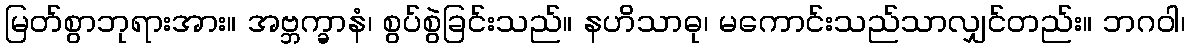
မြတ်စွာဘုရားအား။ အဗ္ဘက္ခာနံ၊ စွပ်စွဲခြင်းသည်။ နဟိသာဓု၊ မကောင်းသည်သာလျှင်တည်း။ ဘဂဝါ၊